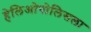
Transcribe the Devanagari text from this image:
हेलिओपोलिसला